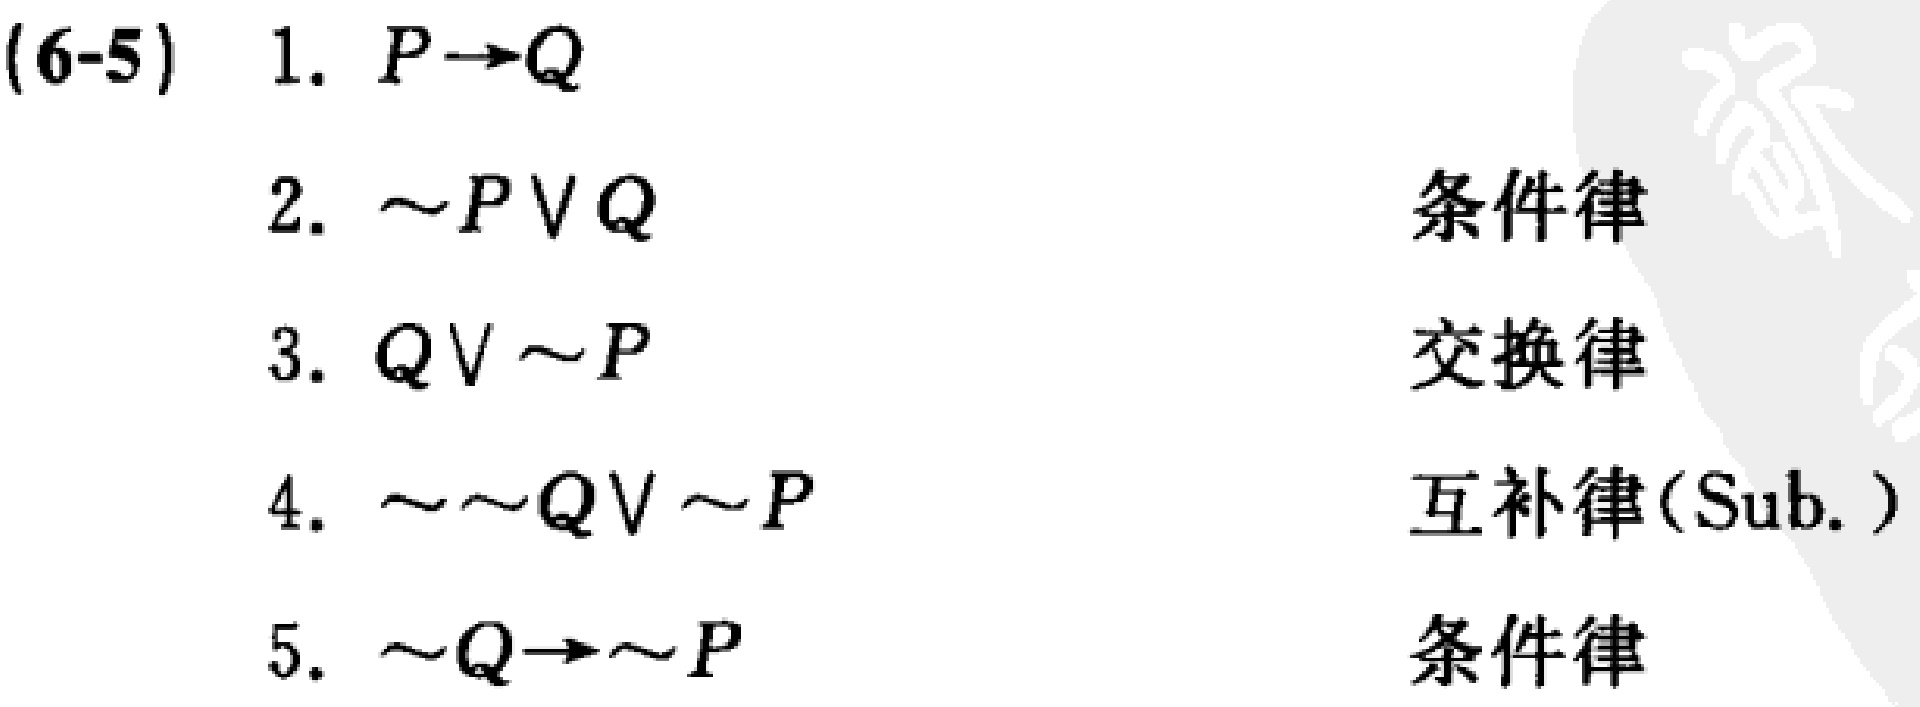
(6-5)
1. \(P\rightarrow Q\)
2. \(\sim P\vee Q\) 条件律
3. \(Q\vee\sim P\) 交换律
4. \(\sim\sim Q\vee\sim P\) 互补律(Sub.)
5. \(\sim Q\rightarrow\sim P\) 条件律